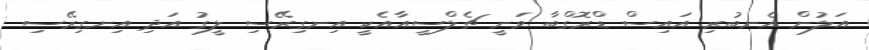
އަލުން އެނބުރި އައިސް ޑްރޮގްބާ ވަނީ ޗެލްސީއާއެކީ އިނގިރޭސި ލީގު އަދި އިނގިރޭސި